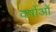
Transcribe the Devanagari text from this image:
वर्षाओं